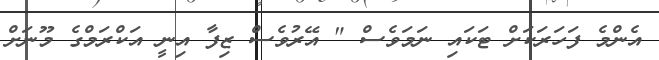
އެންމެ ފަހަރަކަށް ޓަކައި ނަމަވެސް " އޭރުވެސް ޒިފާ އިނީ އަކްރަމްގެ މޫނަށް